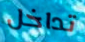
تداخل